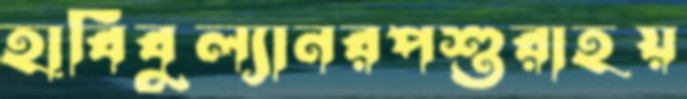
হাবিবুল্যানরপশুরাহয়